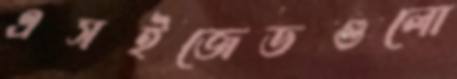
এসইজেডগুলো